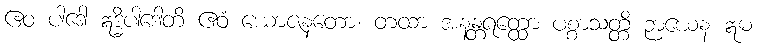
ဧဝ ပါဒေါ ဣဒ္ဓိပါဒေါတိ ဧဝံ ယောဇနတော၊ တထာ အနန္တရတ္ထော ပစ္စာသတ္တိ ဉာယေန ဣဓ